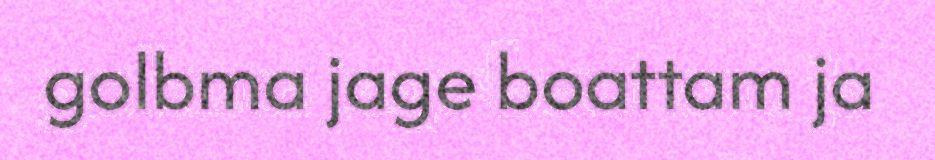
golbma jage boattam ja